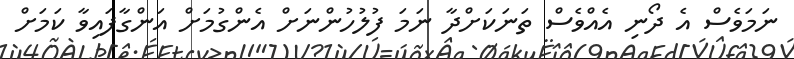
ނަމަވެސް އެ ދޯނި އެއްވެސް ތަނަކަށްދާ ނަމަ ފުލުހުންނަށް އެންގުމަށް އަންގާފައިވާ ކަމަށް